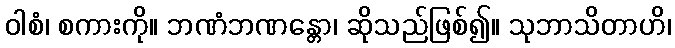
ဝါစံ၊ စကားကို။ ဘဏံဘဏန္တော၊ ဆိုသည်ဖြစ်၍။ သုဘာသိတာဟိ၊